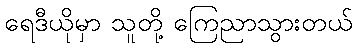
ရေဒီယိုမှာ သူတို့ ကြေညာသွားတယ်